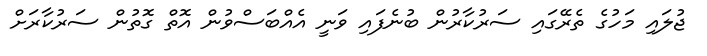
ޖުލައި މަހުގެ ތެރޭގައި ސަރުކާރުން ބުނެފައި ވަނީ އެއްބަސްވުން އޮތް ގޮތުން ސަރުކާރަށް